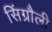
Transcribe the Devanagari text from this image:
सिंग्रौली